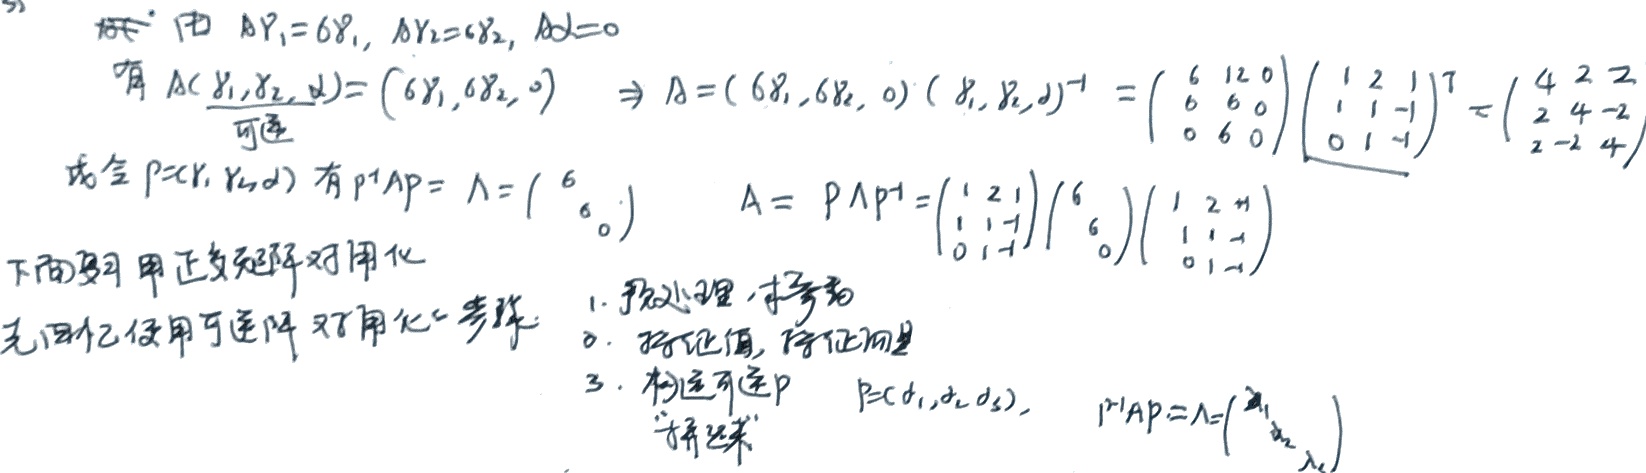
由 \(A\gamma_1 = 6\gamma_1\)，\(A\gamma_2=6\gamma_2\)，\(A\alpha = 0\)
有 \(A(\gamma_1,\gamma_2,\alpha)=(6\gamma_1,6\gamma_2,0)\Rightarrow A=(6\gamma_1,6\gamma_2,0)(\gamma_1,\gamma_2,\alpha)^{-1}=\begin{pmatrix}6&12&0\\6&6&0\\0&6&0\end{pmatrix}\begin{pmatrix}1&2&1\\1&1& - 1\\0&1& - 1\end{pmatrix}^T=\begin{pmatrix}4&2&2\\2&4& - 2\\2& - 2&4\end{pmatrix}\)

或令 \(P = (\gamma_1,\gamma_2,\alpha)\) 有 \(P^{-1}AP=\Lambda=\begin{pmatrix}6&\\&6\\&&0\end{pmatrix}\)，\(A = P\Lambda P^{-1}=\begin{pmatrix}1&2&1\\1&1& - 1\\0&1& - 1\end{pmatrix}\begin{pmatrix}6&\\&6\\&&0\end{pmatrix}\begin{pmatrix}1&2&1\\1&1& - 1\\0&1& - 1\end{pmatrix}^{-1}\)

下面要用正交矩阵对角化

先回忆使用可逆阵对角化步骤：
1. 预处理，求参
2. 求特征值，特征向量
3. 构造可逆 \(P\) \(P = (\alpha_1,\alpha_2,\alpha_3)\)，\(P^{-1}AP=\Lambda=\begin{pmatrix}\lambda_1&\\&\ddots&\\&&\lambda_n\end{pmatrix}\) “拼起来”